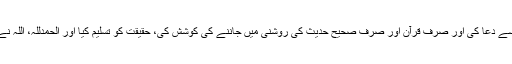
لیکن پھر ہر جذبے اور تعصب سے ہٹ کر دل سے دعا کی اور صرف قرآن اور صرف صحیح حدیث کی روشنی میں جاننے کی کوشش کی، حقیقت کو تسلیم کیا اور الحمدللہ، اللہ نے رہنمائی فرمائی، بات طویل ہو رہی ہے، لیکن!